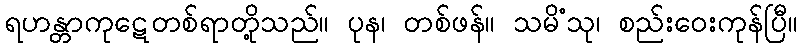
ရဟန္တာကုဋေတစ်ရာတို့သည်။ ပုန၊ တစ်ဖန်။ သမိံသု၊ စည်းဝေးကုန်ပြီ။